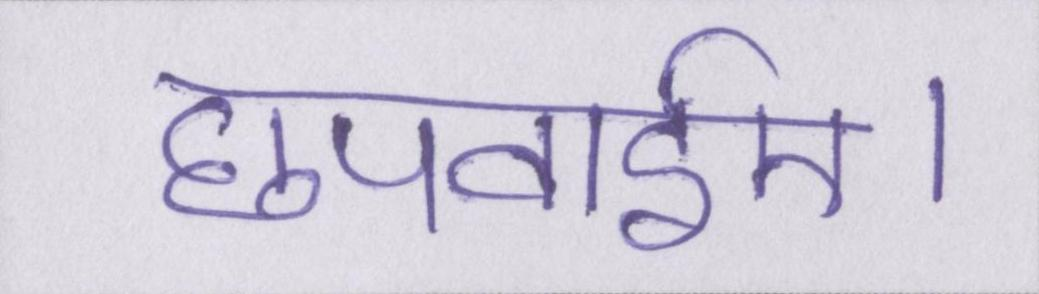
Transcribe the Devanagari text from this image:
छपवाईए।